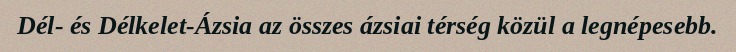
Dél- és Délkelet-Ázsia az összes ázsiai térség közül a legnépesebb.